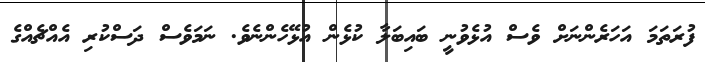
ފުރަތަމަ އަހަރެންނަށް ވެސް އުޅެވުނީ ބައިބަލާ ކުޅެން އުޅޭހެންނެވެ. ނަމަވެސް ދަސްކުރި އެއްޗެއްގެ